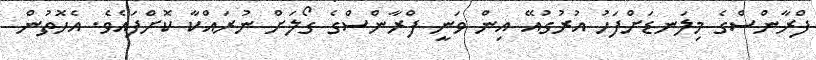
ފްރާންސްގެ މިލަނޑަށްފަހު އުރުގުއޭ އިން ވަނީ ފްރާންސްގެ ގޯލަށް ނުރައްކާ ކޮށްފައެވެ. އެހޮތުން